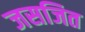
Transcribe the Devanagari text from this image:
जसजित